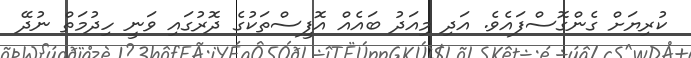
ކުރިޔަށް ގެންގޮސްފައެވެ. އަދި މިއަދު ބައެއް އޮފީސްތަކުގެ ދޮރުގައި ވަނީ ހިދުމަތް ނުދޭ